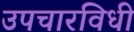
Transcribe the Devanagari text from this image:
उपचारविधी